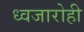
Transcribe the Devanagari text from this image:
ध्वजारोही